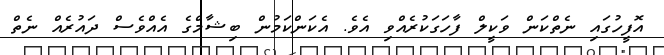
އޮފީހުގައި ނެތްކަން ވަކީލް ފާހަގަކުރެއްވި އެވެ. އެކަންކަމުން ބިޝާމްގެ އެއްވެސް ދައުރެއް ނެތް